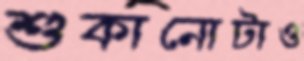
শুকানোটাও